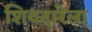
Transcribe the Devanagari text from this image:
शिवदारेला